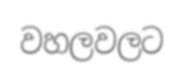
වහලවලට